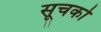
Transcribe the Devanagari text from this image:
सूचको